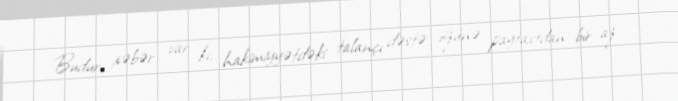
Budur, xəbər var ki, hakimiyyətdəki talançı dəstə özünə paytaxtdan bir az